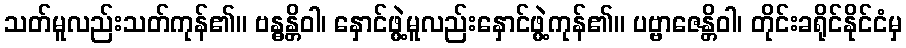
သတ်မူလည်းသတ်ကုန်၏။ ဗန္ဓန္တိဝါ၊ နှောင်ဖွဲ့မူလည်းနှောင်ဖွဲ့ကုန်၏။ ပဗ္ဗာဇေန္တိဝါ၊ တိုင်းခရိုင်နိုင်ငံမှ